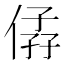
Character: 𠊩